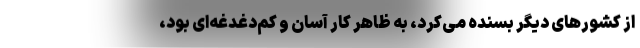
از کشورهای دیگر بسنده می‌کرد، به ظاهر کار آسان و کم‌دغدغه‌ای بود،